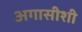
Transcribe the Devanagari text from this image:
अगासीशी